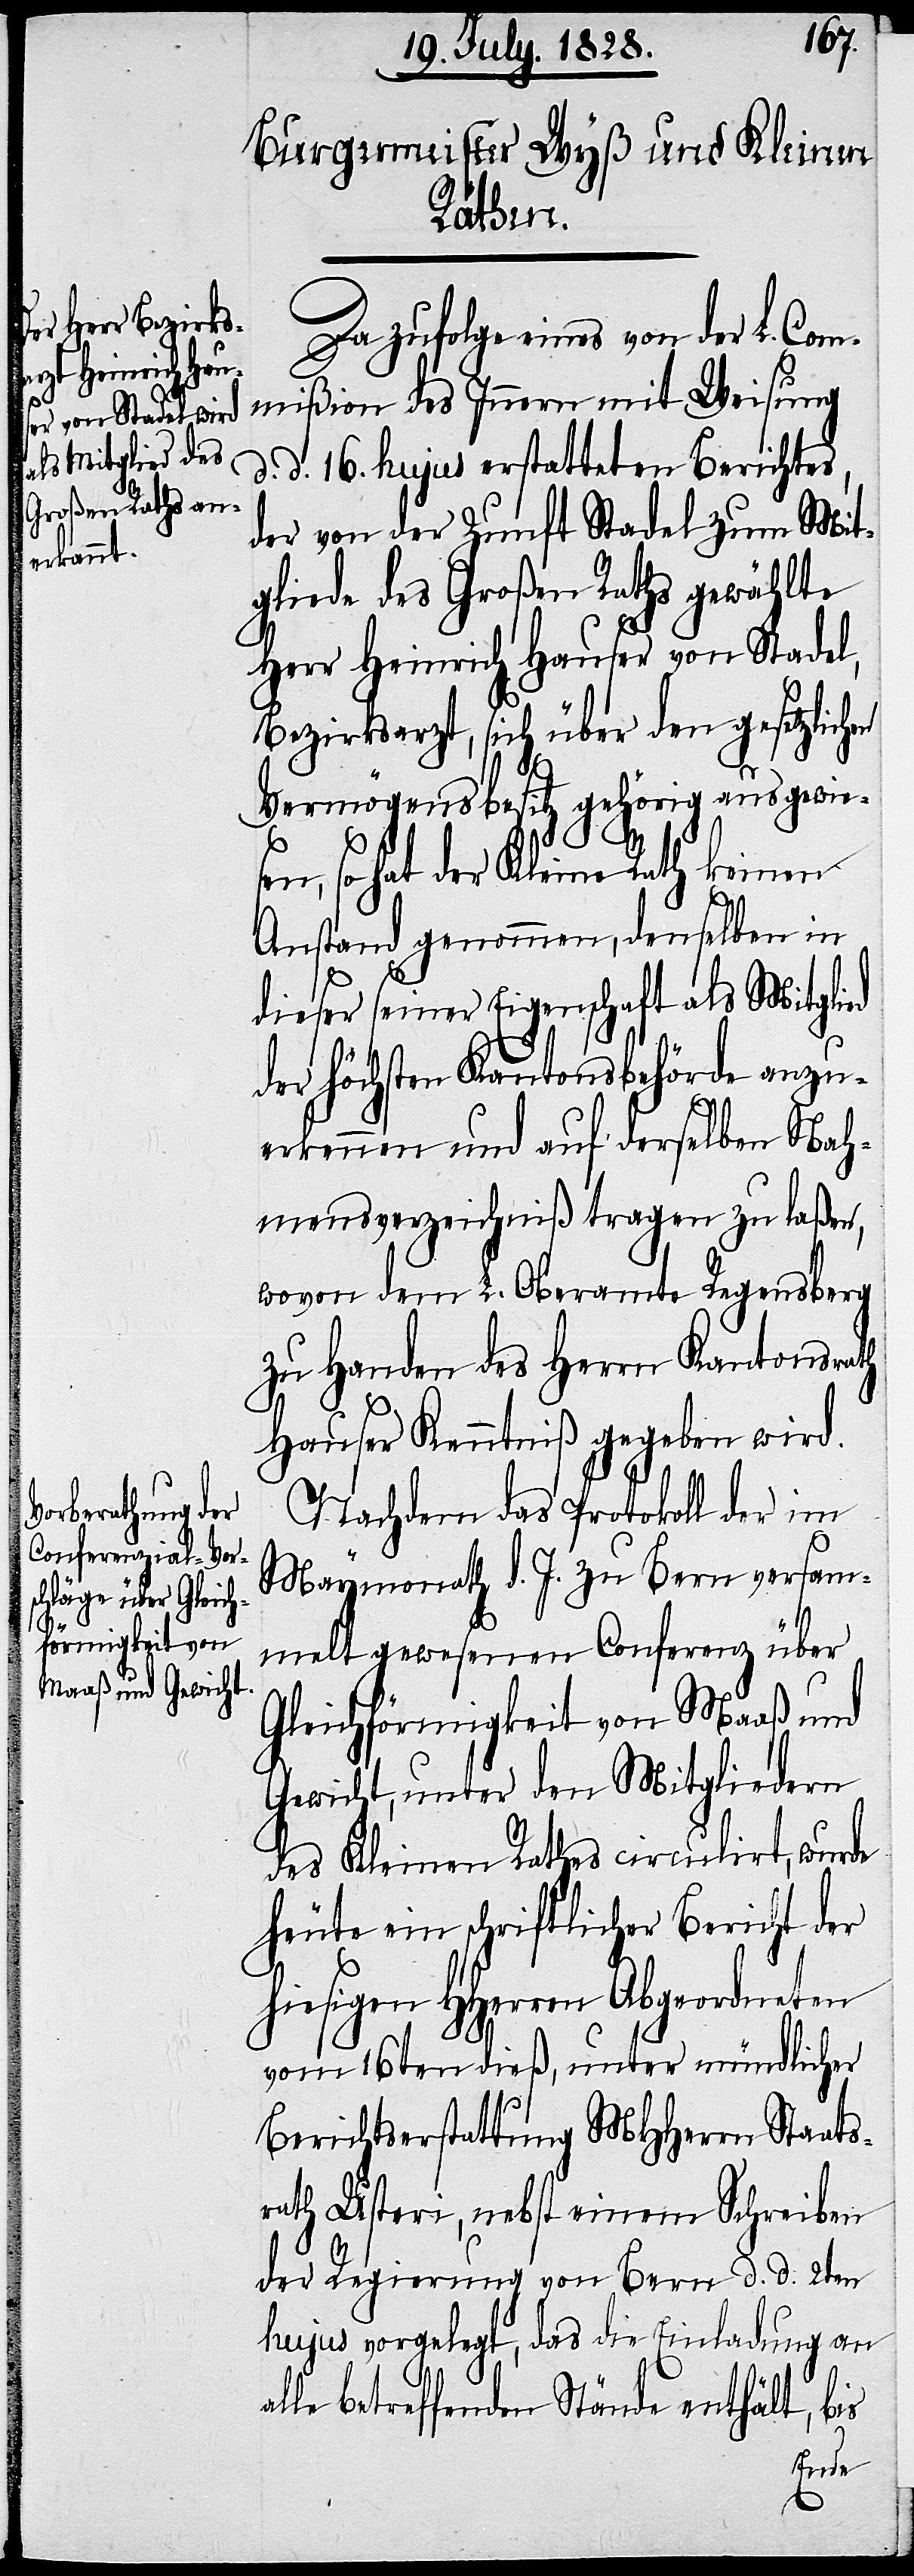
en

Da zufolge eines von der L. Com¬
mißion des Innern mit Weisung
d. d. 16. hujus erstatteten Berichtes,
der von der Zunft Stadel zum Mit¬
gliede des Großen Raths gewählte
Herr Heinrich Hauser von Stadel,
Bezirksarzt, sich über den gesetzlich¬
Vermögensbesitz gehörig ausgewie¬
sen, so hat der Kleine Rath keinen
Anstand genommen, denselben in
dieser seiner Eigenschaft als Mitglied
der höchsten Kantonsbehörde anzu¬
erkennen und auf derselben Nah¬
mensverzeichniß tragen zu laßen,
wovon dem L. Oberamte Regensberg
zu Handen des Herrn Kantonsrath
al¬
Hauser Kenntniß gegeben wird.
Nachdem das Protokoll der im
Maymonath d. J. zu Bern versam¬
melt gewesenen Conferenz über
Gleichförmigkeit von Maaß und
Gewicht, unter den Mitgliedern
des Kleinen Rathes circulirt, wurde
heute ein schriftlicher Bericht der
hiesigen HHerren Abgeordneten
vom 16ten dieß, unter mündlicher
Berichtserstattung MHHerrn Staats¬
rath Usteri, nebst einem Schreiben
der Regierung von Bern d. d. 2ten
hujus vorgelegt, das die Einladung an
le betreffenden Stände enthält, bis